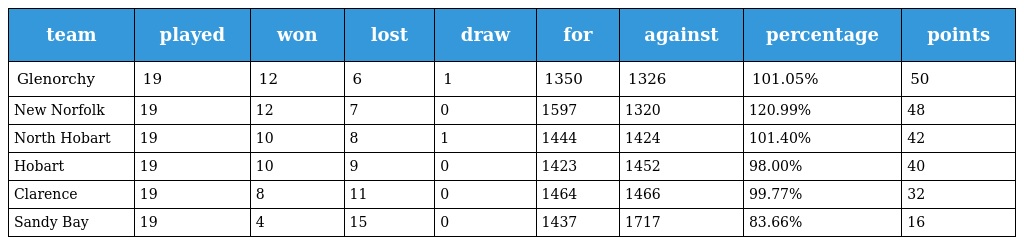
| team | played | won | lost | draw | for | against | percentage | points |
 | --- | --- | --- | --- | --- | --- | --- | --- | --- |
 | Glenorchy | 19 | 12 | 6 | 1 | 1350 | 1326 | 101.05% | 50 |
 | New Norfolk | 19 | 12 | 7 | 0 | 1597 | 1320 | 120.99% | 48 |
 | North Hobart | 19 | 10 | 8 | 1 | 1444 | 1424 | 101.40% | 42 |
 | Hobart | 19 | 10 | 9 | 0 | 1423 | 1452 | 98.00% | 40 |
 | Clarence | 19 | 8 | 11 | 0 | 1464 | 1466 | 99.77% | 32 |
 | Sandy Bay | 19 | 4 | 15 | 0 | 1437 | 1717 | 83.66% | 16 |